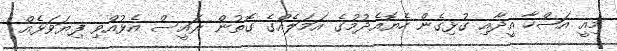
މިއީ އަޟްހާ އީދާއި ގުޅިގެން ހެޔޮއެދުމުގެ އަމަލެއްގެ ގޮތުން ރައީސް އެޅުއްވި ފިޔަވަޅެއް